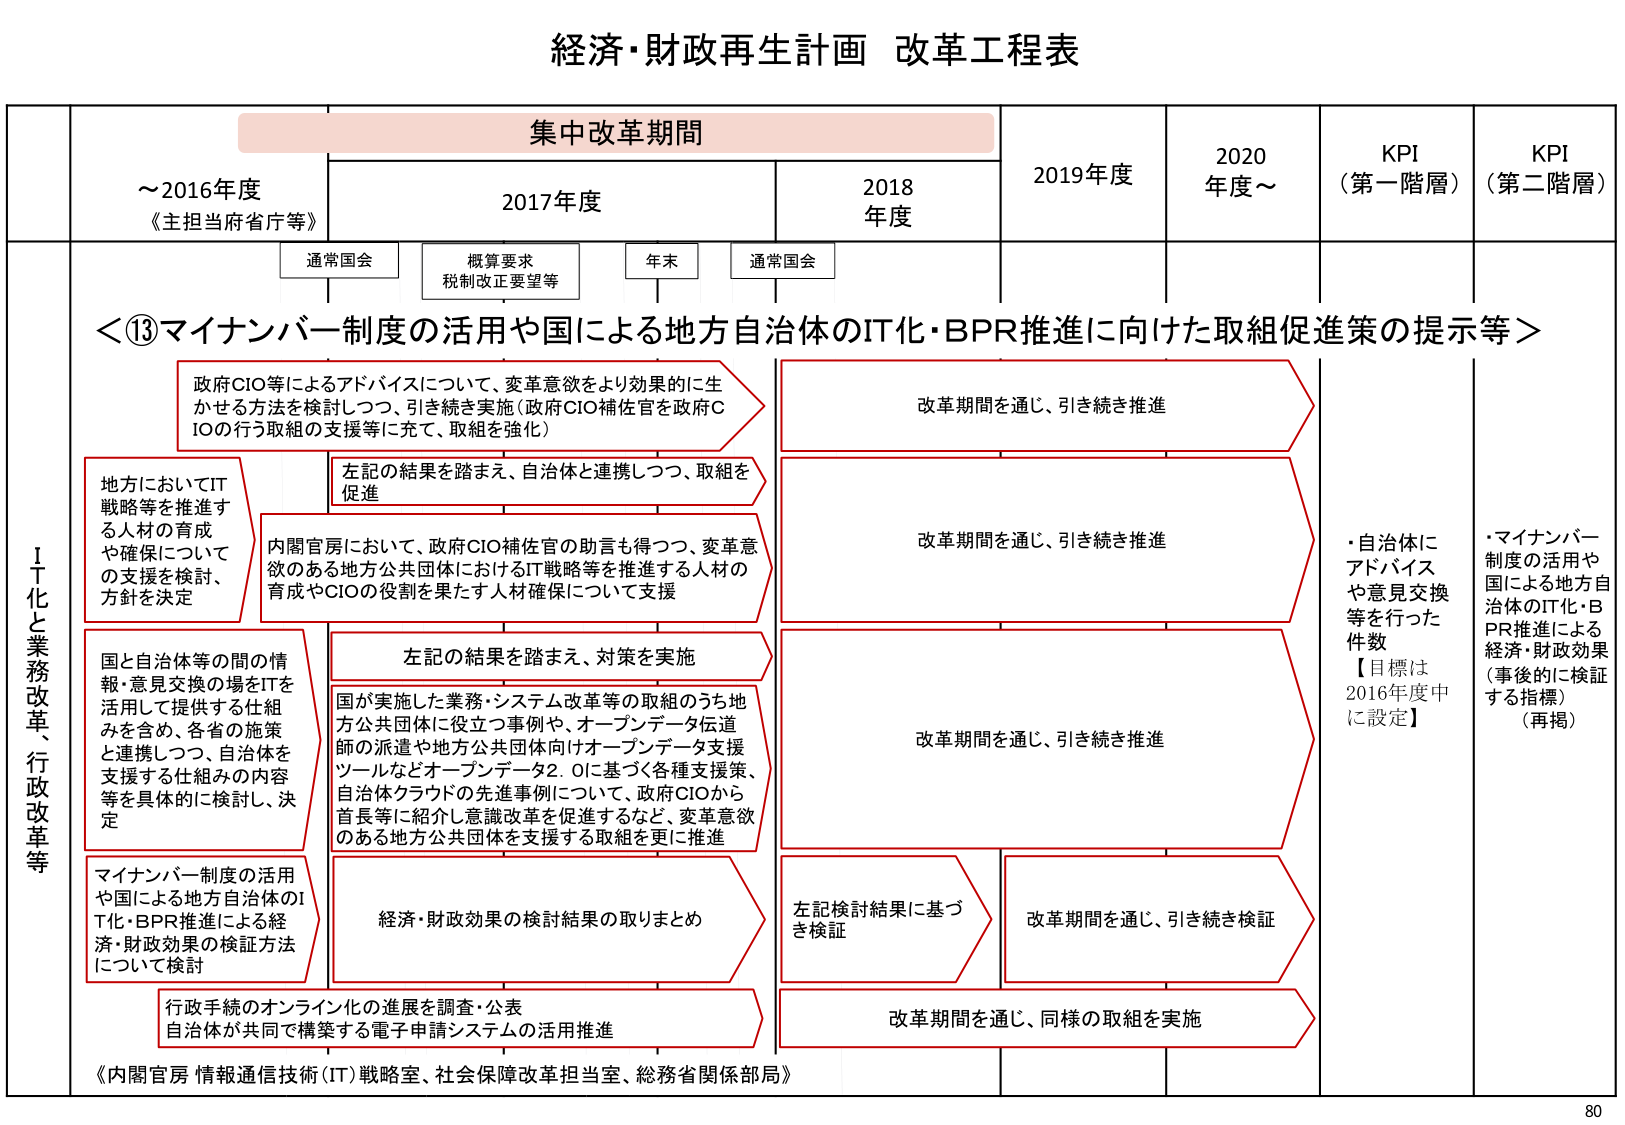
経済・財政再生計画 改革工程表

集中改革期間

～2016年度
《主担当府省庁等》

2017年度
通常国会
概算要求
税制改正要望等
年末
通常国会

2018年度

2019年度

2020年度～

KPI
（第一階層）

KPI
（第二階層）

＜⑬マイナンバー制度の活用や国による地方自治体のIT化・BPR推進に向けた取組促進策の提示等＞

政府CIO等によるアドバイスについて、変革意欲をより効果的に生かせる方法を検討しつつ、引き続き実施（政府CIO補佐官を政府CIOの行う取組の支援等に充て、取組を強化）

改革期間を通じ、引き続き推進

地方においてIT戦略等を推進する人材の育成や確保についての支援を検討、方針を決定

左記の結果を踏まえ、自治体と連携しつつ、取組を促進

内閣官房において、政府CIO補佐官の助言も得つつ、変革意欲のある地方公共団体におけるIT戦略等を推進する人材の育成やCIOの役割を果たす人材確保について支援

改革期間を通じ、引き続き推進

国と自治体等の間の情報・意見交換の場をITを活用して提供する仕組みを含め、各省の施策と連携しつつ、自治体を支援する仕組みの内容等を具体的に検討、決定

左記の結果を踏まえ、対策を実施

国が実施した業務・システム改革等の取組のうち地方公共団体に役立つ事例や、オープンデータ伝道師の派遣や地方公共団体向けオープンデータ支援ツールなどオープンデータ2.0に基づく各種支援策、自治体クラウドの先進事例について、政府CIOから首長等に紹介し意識改革を促進するなど、変革意欲のある地方公共団体を支援する取組を更に推進

改革期間を通じ、引き続き推進

マイナンバー制度の活用や国による地方自治体のIT化・BPR推進による経済・財政効果の検証方法について検討

経済・財政効果の検討結果の取りまとめ

左記検討結果に基づき検証

改革期間を通じ、引き続き検証

行政手続のオンライン化の進展を調査・公表
自治体が共同で構築する電子申請システムの活用推進

改革期間を通じ、同様の取組を実施

・自治体にアドバイスや意見交換等を行った件数
【目標は2016年度中に設定】

・マイナンバー制度の活用や国による地方自治体のIT化・BPR推進による経済・財政効果（事後的に検証する指標）（再掲）

《内閣官房 情報通信技術（IT）戦略室、社会保障改革担当室、総務省関係部局》

80